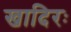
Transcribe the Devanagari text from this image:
खादिरः